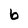
Character: b